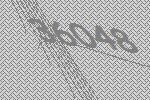
36048